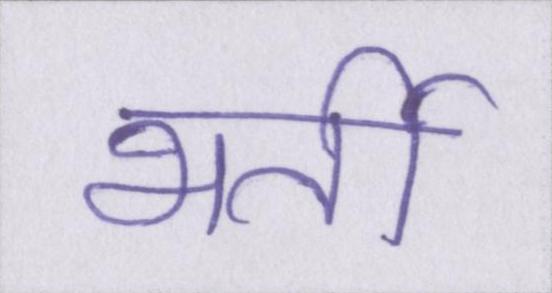
भर्ती